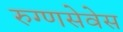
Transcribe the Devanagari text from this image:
रुग्णसेवेस